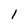
Character: 1